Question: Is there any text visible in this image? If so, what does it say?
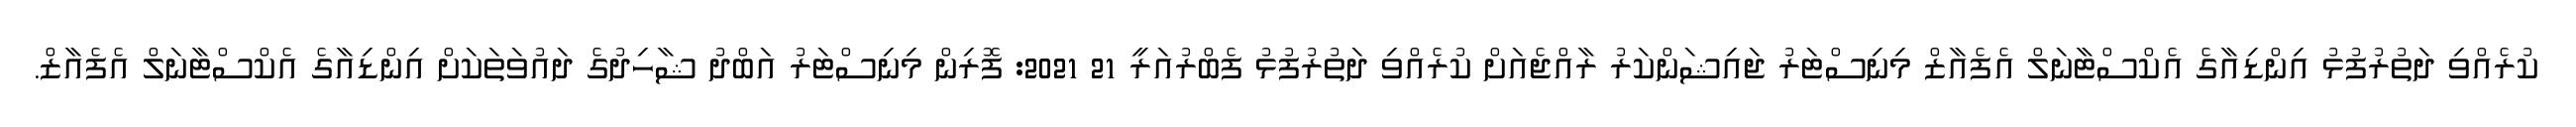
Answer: ކުރެއްވި ދަތުރުފުޅު އިންޑިއާގެ އެކްސްޓާނަލް އެފެއާޒް މިނިސްޓަރު ޖައިޝަންކަރު ރާއްޖެއަށް ކުރެއްވި ދަތުރުފުޅު ފެބްރުއަރީ 21 2021: ފޮރިން މިނިސްޓަރު އަބްދު ޝާހިދުގެ ދައުވަތަކަށް އިންޑިއާގެ އެކްސްޓާނަލް އެފެއާޒް.